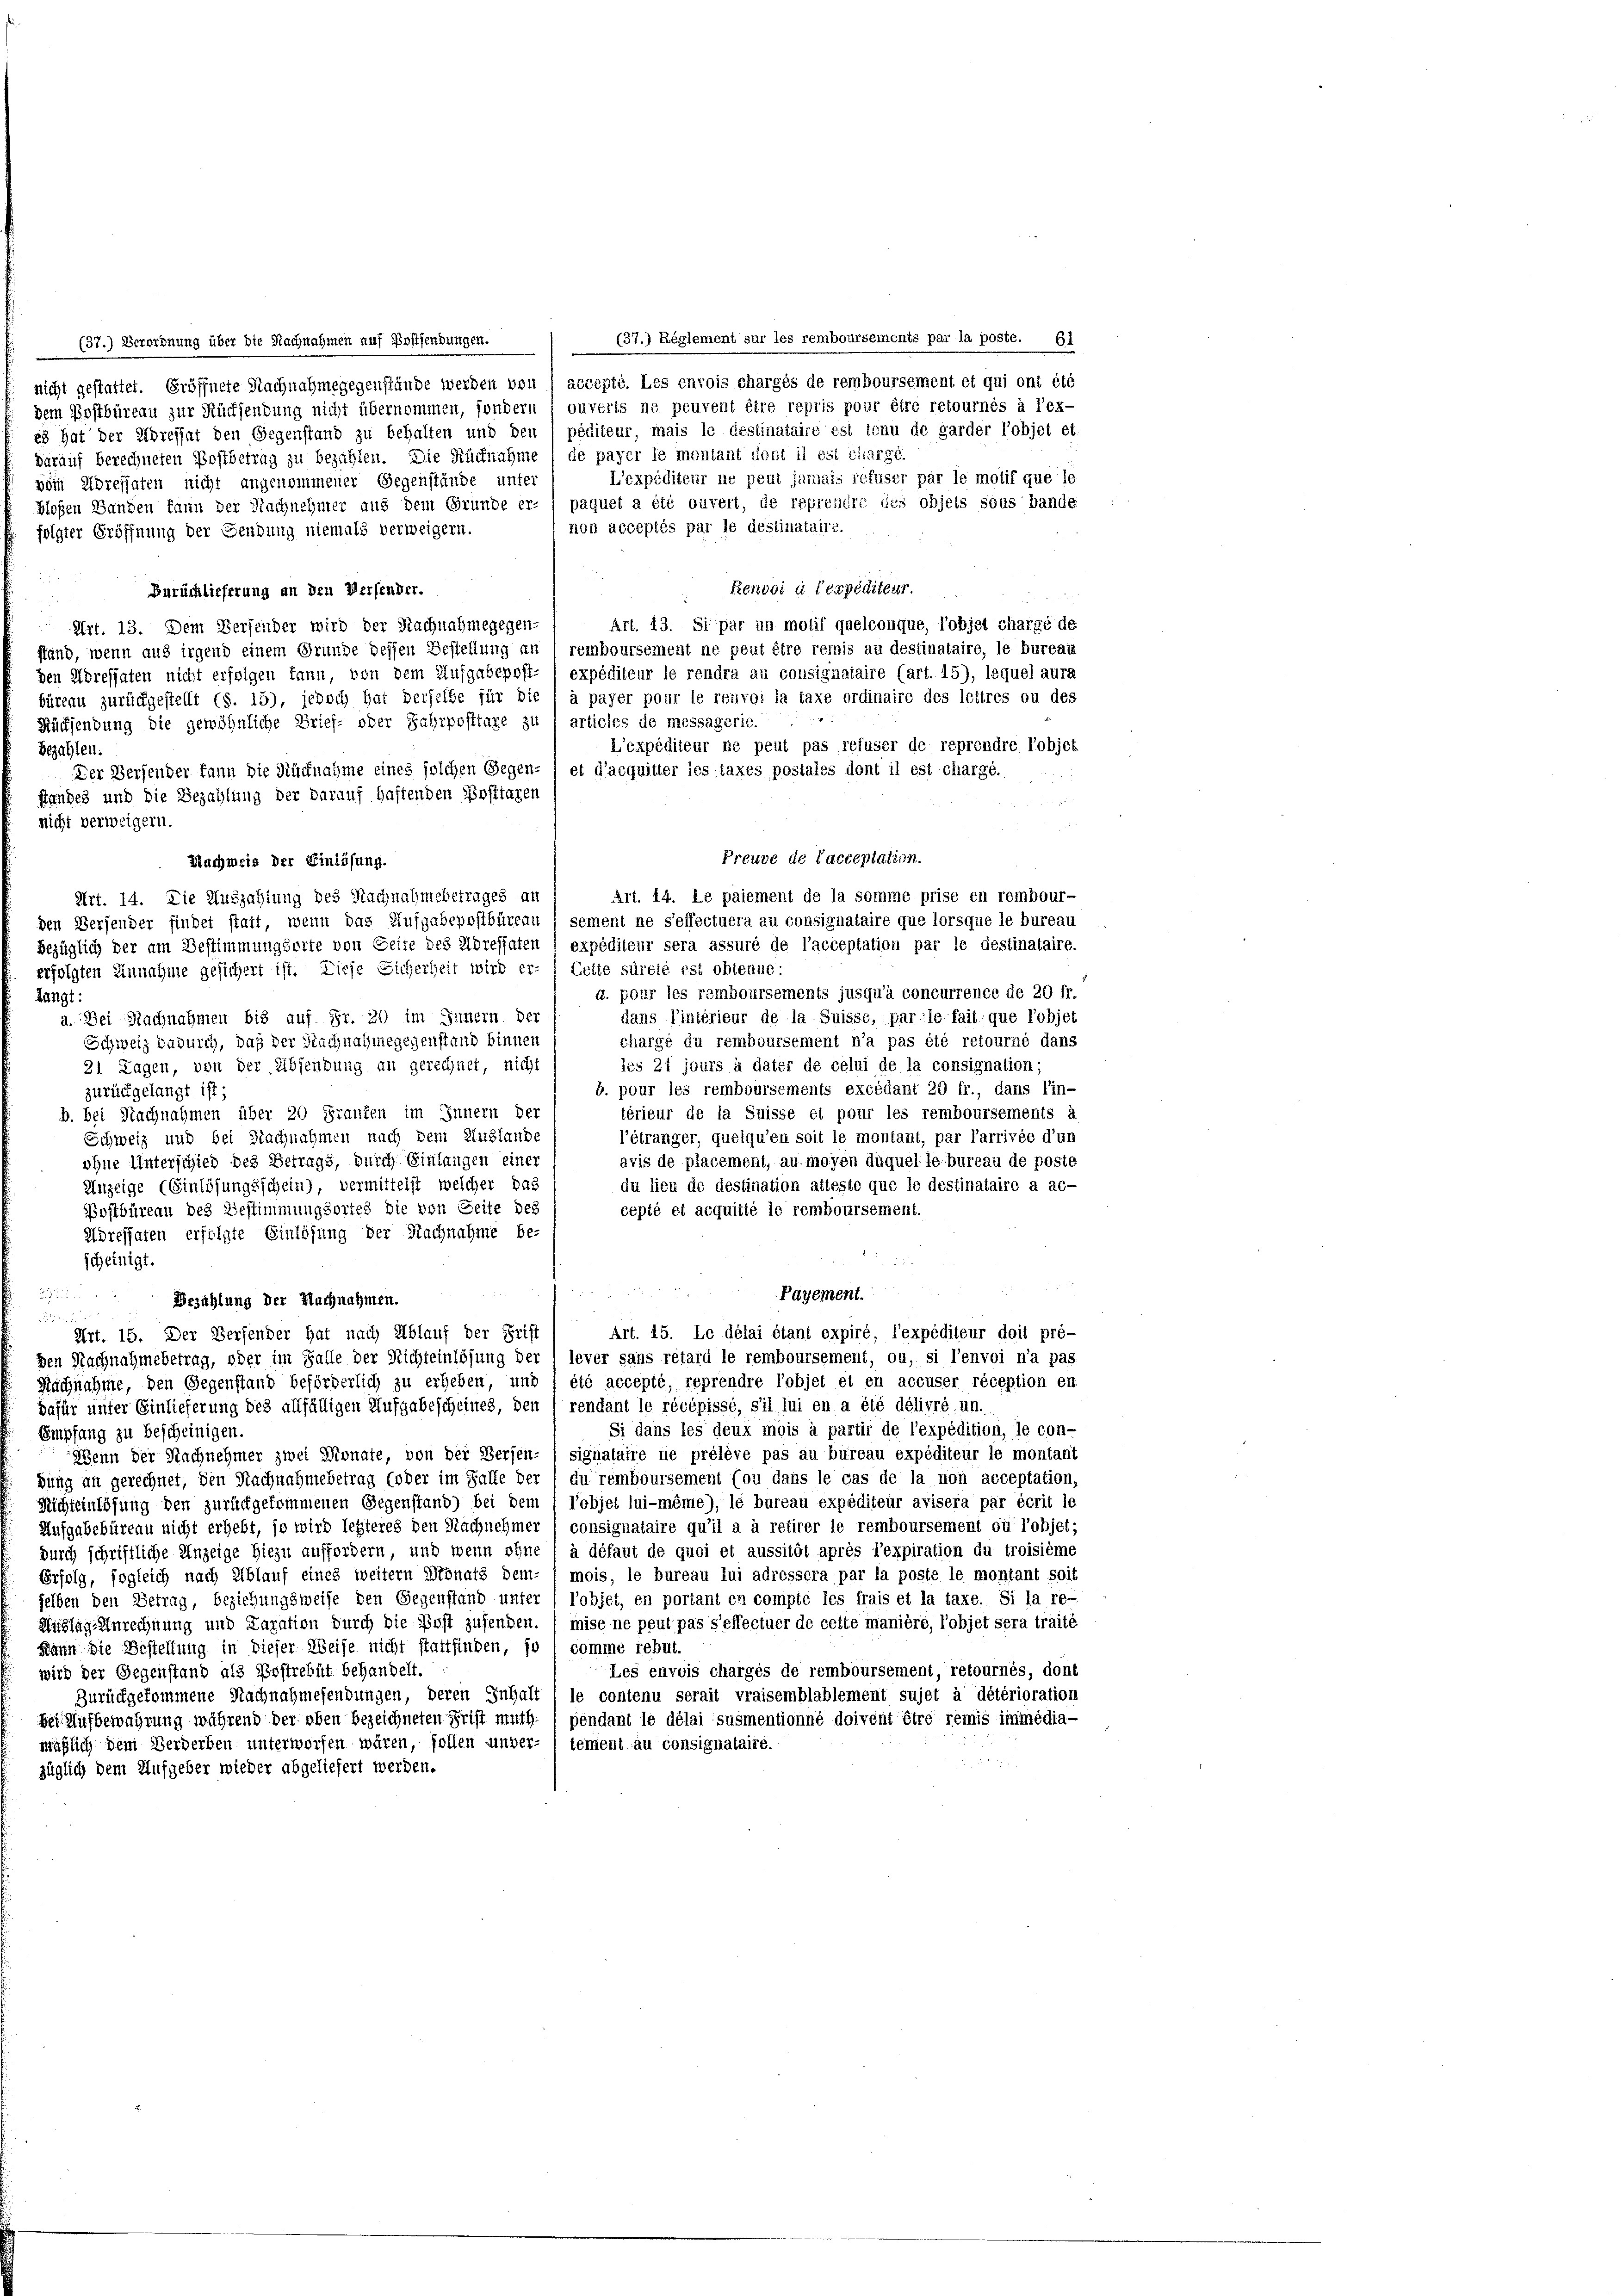
(37.) Réglement sur les remboursements par la poste. Ei
(37.) Verordnung über die Nachnahmen auf Postsendungen.
nicht gestattet. Eröffnete Nachnahmegegenstände werden von 1 accepté. Les envois chargés de remboursement et qui ont été
ouverts ne peuvent être repris pour être retournés à l’ex-
dem Postbüreau zur Rücksendung nicht übernommen, sondern
es hat der Adressat den Gegenstand zu behalten und den (péditeur, mais le destinataire est tenu de garder l’objet et
darauf berechneten Postbetrag zu bezahlen. Die Rücknahme / de payer le montant dont il est charge.
L’expéditeur ne peut jamais refuser par le motif que se
vem Adressaten nicht angenommener Gegenstände unter
paquet a été ouvert, de reprendre des objets sous bande
hloßen Landen kann der Nachnehmer aus dem Grunde er-
non acceptés par le destinataire.
folgter Eröffnung der Gendung niemals verweigern.
.
Renvoi à l’expéditeur.
Zurücklieferung an den Versender.

Art. 13. Si par un molif quelconque, l’objet charge de
Art. 13. Dem Versender wird der Nachnahmegegen-
Pfand, wenn aus irgend einem Grunde dessen Bestellung an (remboursement ne peut être remis au destinataire, le bureau
den Adressaten nicht erfolgen kann, von dem Aufgabepost- / expéditeur le rendra au consignataire (art. 15), lequel aura
büreau zurückgestellt (S. 15), jedoch hat derselbe für die " à payer pour le renvoi la taxe ordinaire des lettres ou des
Rücksendung die gewöhnliche Brief- oder Jahrposttare zu / articles de messagerie.
L’expéditeur ne peut pas refuser de reprendre l’objet
bezahlen.
Der Versender kann die Rücknahme eines solchen Gegen- ( et d’acquitter les taxes postales dont il est chargé.
standes und die Bezahlung der darauf haftenden Posttaren

nicht verweigern.

Freude de lacceptation.
Muchmeis der Einlösung.
Art. 14. Le paiement de la somme prise en rembour-
Art. 14. Die Auszahlung des Nachnahmebetrages an
sement ne selfectuera au consignataire que lorsque le bureau
den Versender findet statt, wenn das Aufgabepostbüreau
bezüglich der am Bestimmungsorte von Seite des Adressaten ( expéditeur sera assuré de l’acceptation par le destinataire.
erfolgten Einnahme gesichert ist. Diese Sicherheit wird er- / Cette sürcié est obtenue:
u. pour les remboursements jusqu’à concurrence de 20 fr.
langt:
dans l’intérieur de la Suisse, par le fait que l’objet
a. Bei Nachnahmen bis auf Fr. 20 im Innern der
chargé du remboursement n’a pas été retourné dans
Schweiz dadurch, daß der Nachnahmegegenstand binnen
les 21 jours à dater de celui de la consignation;
21 Tagen, von der Absendung an gerechnet, nicht
b. pour les remboursements excédant 20 fr., dans lin-
zurückgelangt ist;
térieur de la Suisse et pour les remboursements à
b. bei Nachnahmen über 20 Franken im Innern der
Schweiz und bei Nachnahmen nach dem Auslande
l’étranger, quelqu’en soit le montant, par Parrivée d’un
avis de placement, au moyen duquelle bureau de poste
ohne Unterschied des Betrags, durch Einlangen einer
Anzeige (Einlösungsschein), vermittelst welcher das
du lieu de destination atteste que le destinataire a ac-
Postbüreau des Bestimmungsortes die von Seite des
cepté et acquitté le remboursement.
Adressaten erfolgte Einlösung der Nachnahme be-
scheinigt.

Payement.
Bezählung der Nachnahmen.

Art. 15. Le délai étant expiré, l’expéditeur doit pré-
Art. 15. Der Versender hat nach Ablauf der Frist
lever sans rétard le remboursement, ou, si l’envoi n’a pas.
Den Nachnahmebetrag, oder im Falle der Nichteinlösung der
été accepté, reprendre l’objet et en accuser réception en
Nachnahme, den Gegenstand beförderlich zu erheben, und
dafür unter Einlieferung des allfälligen Aufgabescheines, den 1 rendant le récépissé, s’il lui en a été délivré un.
Si dans les deux mois à partir de l’expédition, le con-
Empfang zu bescheinigen.
Wenn der Nachnehmer zwei Monate, von der Bersen- / signataire ne prélève pas au bureau expéditeur le montant
gung an gerechnet, den Nachnahmebetrag (oder im Falle der (du remboursement (ou dans le cas de la non acceptation,
Richteinlösung den zurückgekommenen Gegenstand) bei dem 1 l’objet lui-même), le bureau expéditeur avisera par écrit le
Ausgubebüreau nicht erhebt, so wird lebteres den Nachnehmer ) consignataire qu’il a à reirer le remboursement où l’objet;
durch schriftliche Anzeige hiezu auffordern, und wenn ohne / à défaut de quoi et aussitôt après l’expiration du troisième
Erfolg, sogleich nach Ablauf eines weitern Donats dem- / mois, le bureau lui adressera par la poste le montant soit
selben den Betrag, beziehungsweise den Gegenstand unter / l’objet, en portant en compté les frais et la taxe. Si la re-
Nühlag Anrechnung und Caration durch die Erst zusenden. ( mise ne peut pas s’effectuer de cette manière, l’objet sera traité
Kann die Bestellung in dieser Weise nicht stattfinden, so ( comme rebut.
Les envois chargés de remboursement, retournés, dont
wird der Gegenstand als Postrebüt behandelt.
Zurückgekommene Nachnahmesendungen, deren Inhalt 1 le contenu serait vraisemblablement sujet à détérioration
bei Aufbewahrung während der oben bezeichneten Frist muth. / pendant le délai susmentionné doivent être remis immédia-
mäßlich dem Verderben unterworfen wären, sollen unver-
tement au consignataire.
züglich dem Aufgeber wieder abgeliefert werden.